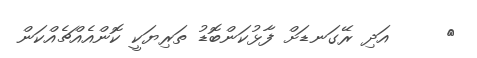
٢     އަދި ރޭގަނޑަށް ފާޅުކަންބޮޑު ތަރިޔަކީ ކޮންއެއްޗެއްކަން